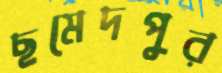
ছমেদপুর